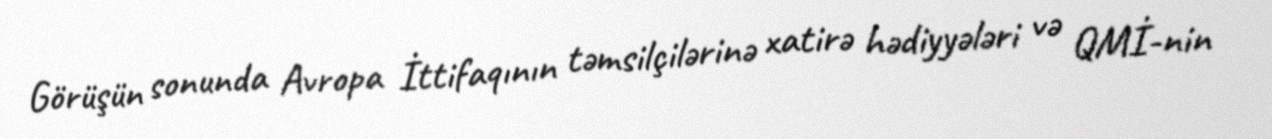
Görüşün sonunda Avropa İttifaqının təmsilçilərinə xatirə hədiyyələri və QMİ-nin